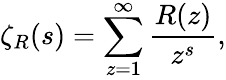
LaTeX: \zeta_{R}(s)=\sum_{z=1}^{\infty}{\frac{R(z)}{z^{s}}},